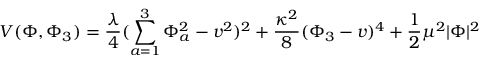
V ( \Phi , \Phi _ { 3 } ) = { \frac { \lambda } { 4 } } ( \sum _ { a = 1 } ^ { 3 } \Phi _ { a } ^ { 2 } - v ^ { 2 } ) ^ { 2 } + { \frac { \kappa ^ { 2 } } { 8 } } ( \Phi _ { 3 } - v ) ^ { 4 } + { \frac { 1 } { 2 } } \mu ^ { 2 } | \Phi | ^ { 2 }